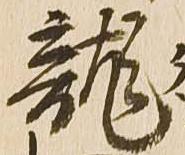
龍